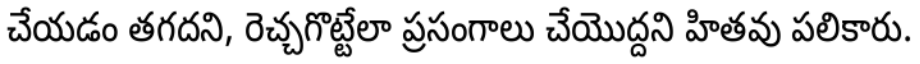
చేయడం తగదని, రెచ్చగొట్టేలా ప్రసంగాలు చేయొద్దని హితవు పలికారు.